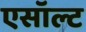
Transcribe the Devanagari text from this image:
एसॉल्ट